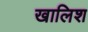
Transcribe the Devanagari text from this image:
खालिश